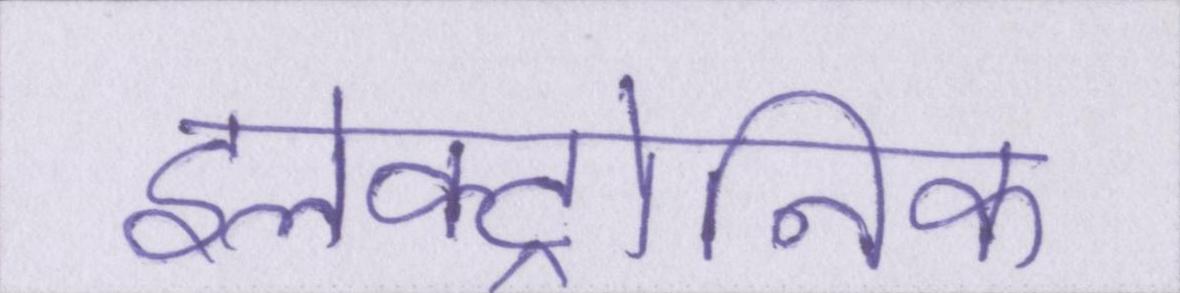
इलेक्ट्रोनिक